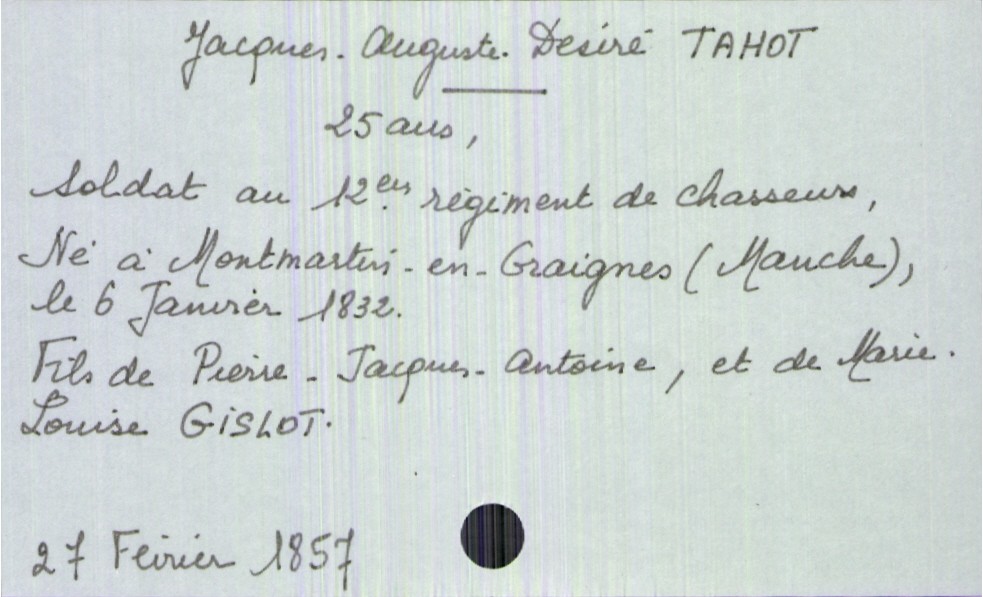
type_acte: Décès
année: 1857
mois: février
jour: 27
défunt_nom: Tahot
défunt_prénom: Jacques-Auguste-Désiré
défunt_sexe: H
défunt_âge: 25 ans
défunt_profession: soldat au 12eme régiment de chasseurs
défunt_date_de_naissance: 6 janvier 1832
défunt_lieu_de_naissance: Montmartre-en-Graignes (Manche)
père_défunt_nom: Tahot
père_défunt_prénom: Pierre-Jacques-Antoine
mère_défunt_nom: Gislot
mère_défunt_prénom: Marie-Louise